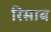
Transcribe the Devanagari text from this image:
रिसाब